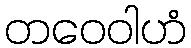
တဝေဝါဟံ